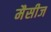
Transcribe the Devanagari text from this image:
मैसीज